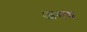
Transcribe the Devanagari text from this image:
अनद्य